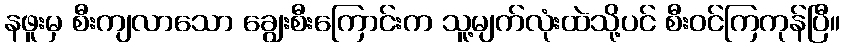
နဖူးမှ စီးကျလာသော ချွေးစီးကြောင်းက သူ့မျက်လုံးထဲသို့ပင် စီးဝင်ကြကုန်ပြီ။